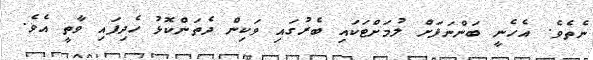
ނެތެވެ. އެހެނީ ބަންނަފަށް ލުމަށްޓަކައި ބެރުގައި ވަކިން ދެތަންކޮޅު ހެދިފައި ވާތީ އެވެ.